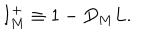
I _ { M } ^ { + } \equiv 1 - D _ { M } L .